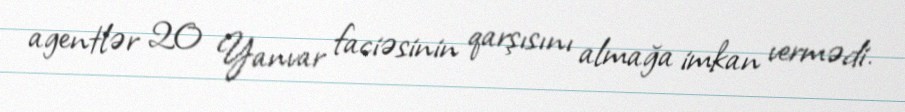
agentlər 20 Yanvar faciəsinin qarşısını almağa imkan vermədi.